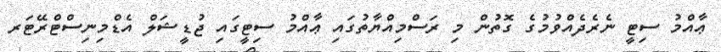
ޢާއްމު ސިޓީ ނެރެދެއްވުމުގެ ގޮތުން މި ރަސްމިއްޔާތުގައި ޢާއްމު ސިޓީގައި ޖުޑީޝަލް އެޑްމިނިސްޓްރޭޓަރ